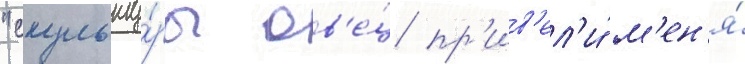
"скульпту́ры ов'е́ц пр'ив'ел'и́ м'ен'я́